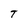
Character: T